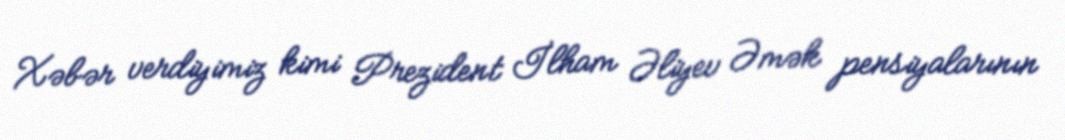
Xəbər verdiyimiz kimi Prezident İlham Əliyev Əmək pensiyalarının